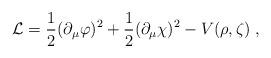
LaTeX: \begin{align*}{\cal L} = \frac{1}{2}(\partial_{\mu}\varphi)^{2} +\frac{1}{2}(\partial_{\mu}\chi)^{2} - V(\rho,\zeta)\;,\end{align*}